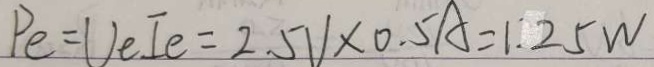
P _ { e } = U e I e = 2 . 5 V \times 0 . 5 A = 1 . 2 5 W